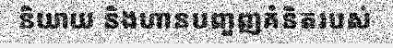
និយាយ និងហានបញ្ចញគំនិតរបស់